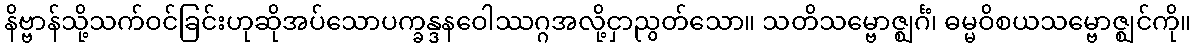
နိဗ္ဗာန်သို့သက်ဝင်ခြင်းဟုဆိုအပ်သောပက္ခန္ဒနဝေါဿဂ္ဂအလို့ငှာညွတ်သော။ သတိသမ္ဗောဇ္ဈင်္ဂံ၊ ဓမ္မဝိစယသမ္ဗောဇ္ဈင်ကို။